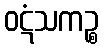
ဝဋံသကဉ္စ